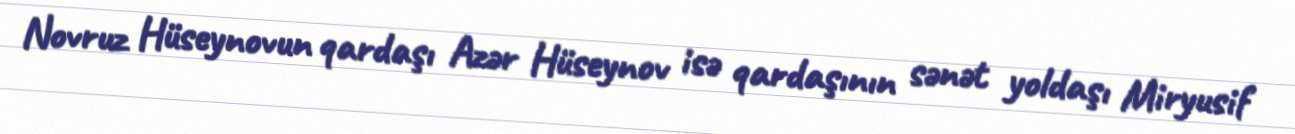
Novruz Hüseynovun qardaşı Azər Hüseynov isə qardaşının sənət yoldaşı Miryusif